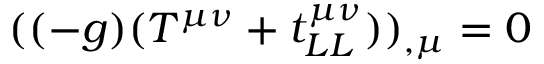
( ( - g ) ( T ^ { \mu \nu } + t _ { L L } ^ { \mu \nu } ) ) _ { , \mu } = 0